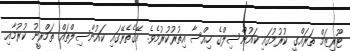
ޓޫރިޒަމް ތަރައްގީ ކުރުމުގައި ކައުންސިލްގެ ހިއްސާ އިތުރުކުރުމެވެ. އޭގެތެރޭގައި ކައުންސިލްތައް ތަމްރީނު ކުރުމާއި